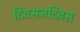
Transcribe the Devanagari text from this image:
दिवसनदिवस